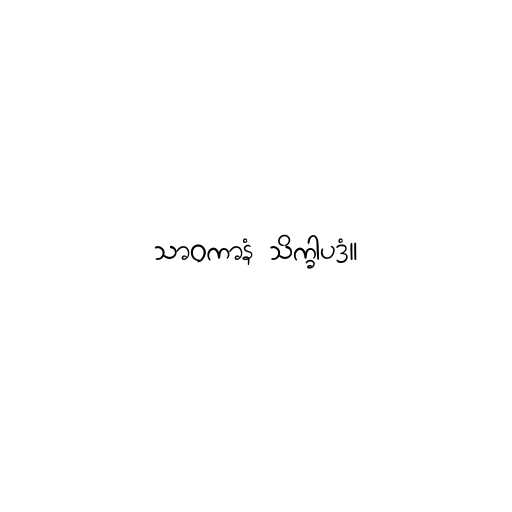
သာဝကာနံ သိက္ခါပဒံ။